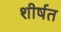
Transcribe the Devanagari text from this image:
शीर्षत